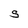
Character: S